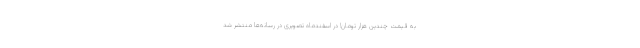
به قیمت چندین هزار تومان! در اسفندماه تصویری در رسانه‌ها منتشر شد